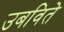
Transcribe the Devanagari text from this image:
उबविते